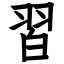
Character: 習